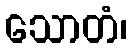
သောတံ၊